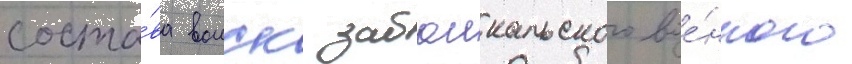
соста́ва воиск забаикальского вое́нного